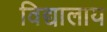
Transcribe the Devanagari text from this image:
विद्यालाय